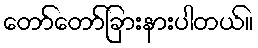
တော်တော်ခြားနားပါတယ်။